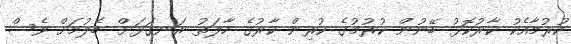
ކުރުމާއެކު ކާރުކޮޅު ބޭނުން ކުރުމުގެ ކުރިން ކާރުގެ ހާލަތު ރަނގަޅަށް ބެލުމަށް ވެސް